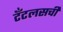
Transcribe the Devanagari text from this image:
टँटलसची